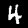
Label: 4